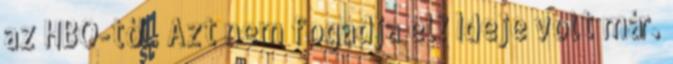
az HBO-tól. Azt nem fogadja el? Ideje volt már.